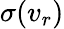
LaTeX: \sigma(v_{r})